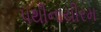
પથીનાયીરમ